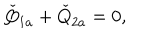
\check { Q } _ { 1 a } + \check { Q } _ { 2 a } = 0 ,